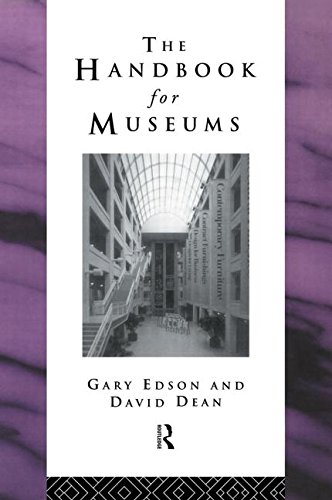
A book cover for Handbook for Museums (Heritage: Care-Preservation-Management); David Dean; Business & Money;